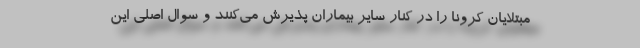
مبتلایان کرونا را در کنار سایر بیماران پذیرش می‌کنند و سوال اصلی این